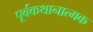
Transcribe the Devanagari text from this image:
पूर्वकथानात्मक